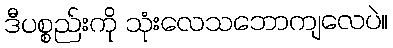
ဒီပစ္စည်းကို သုံးလေသဘောကျလေပဲ။